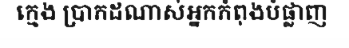
ក្មេង ប្រាកដណាស់អ្នកកំពុងបំផ្លាញ